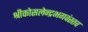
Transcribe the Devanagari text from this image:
श्रीकोसलेन्द्रभगवंस्तव